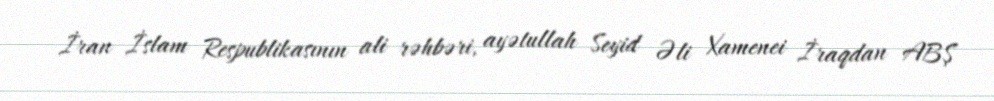
İran İslam Respublikasının ali rəhbəri, ayətullah Seyid Əli Xamenei İraqdan ABŞ